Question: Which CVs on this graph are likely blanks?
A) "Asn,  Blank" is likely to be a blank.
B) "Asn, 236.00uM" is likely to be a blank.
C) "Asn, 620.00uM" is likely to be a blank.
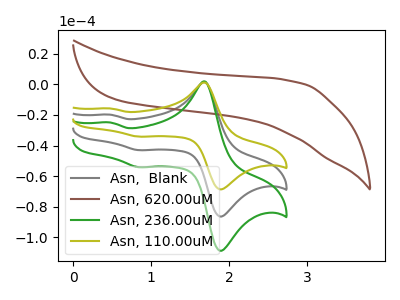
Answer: <think>The gray curve "Asn,  Blank" has anodic peaks at (1.70V, 1.50uA) (0.50V, -19.80uA) and cathodic peaks at (1.95V, -85.95uA) (0.85V, -43.10uA). The brown curve "Asn, 620.00uM" has no peaks. The green curve "Asn, 236.00uM" has anodic peaks at (1.70V, 2.95uA) (0.50V, -39.60uA) and cathodic peaks at (1.95V, -171.95uA) (0.85V, -86.15uA). The olive curve "Asn, 110.00uM" has anodic peaks at (1.70V, 1.20uA) (0.50V, -15.70uA) and cathodic peaks at (1.95V, -68.30uA) (0.85V, -34.20uA).</think>
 <answer>C) "Asn, 620.00uM" is likely to be a blank.</answer>
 <eval>C</eval>